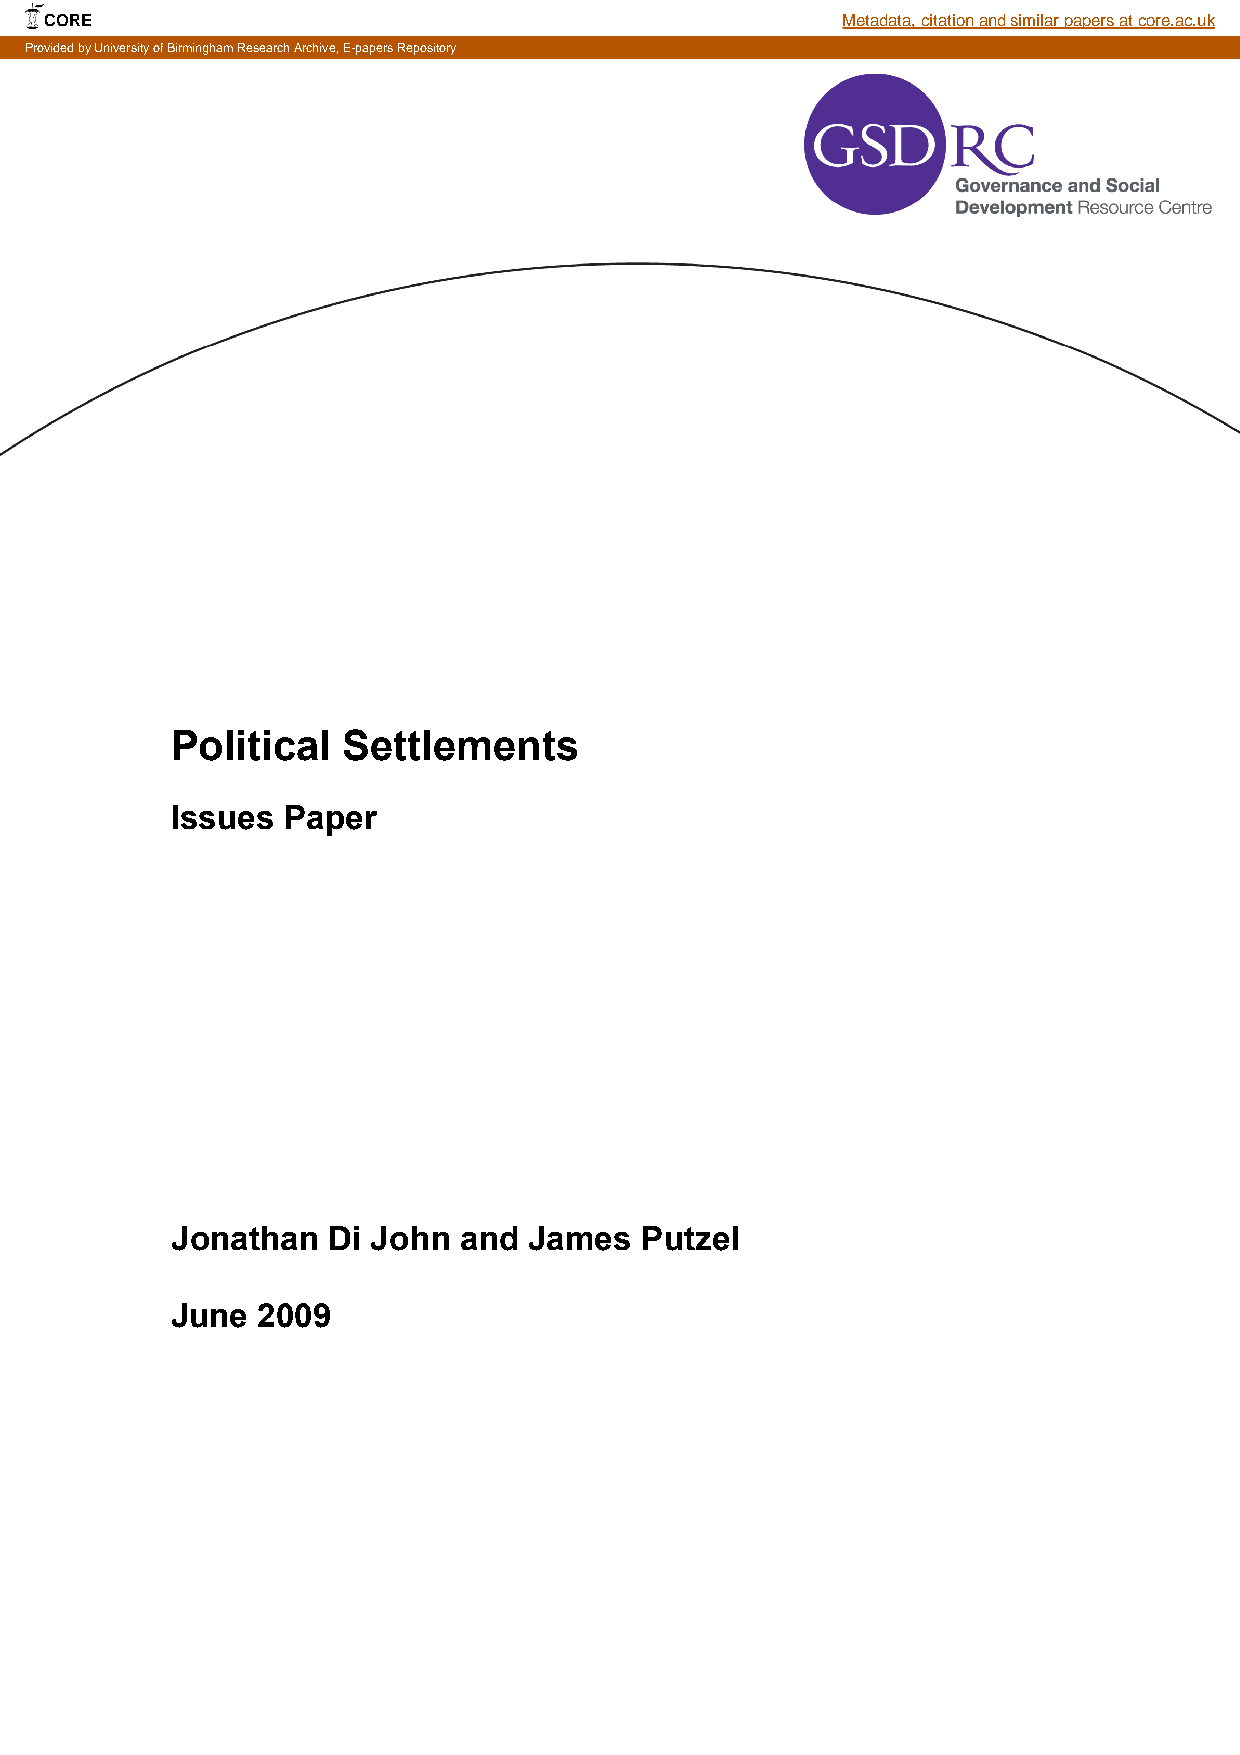
CORE                                                 Metadata, citation and similar papers at core.ac.uk
 Provided by University of Birmingham Research Archive, E-papers Repository
 Political   Settlements
 Issues  Paper
 Jonathan   Di John and  James  Putzel
 June  2009